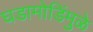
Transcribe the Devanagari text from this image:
घडामोडिंमुळे